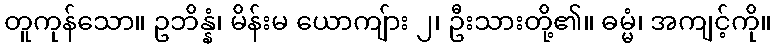
တူကုန်သော။ ဥဘိန္နံ၊ မိန်းမ ယောကျ်ား ၂၊ ဦးသားတို့၏။ ဓမ္မံ၊ အကျင့်ကို။